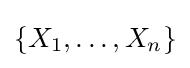
\{X_{1},\dots ,X_{n}\}